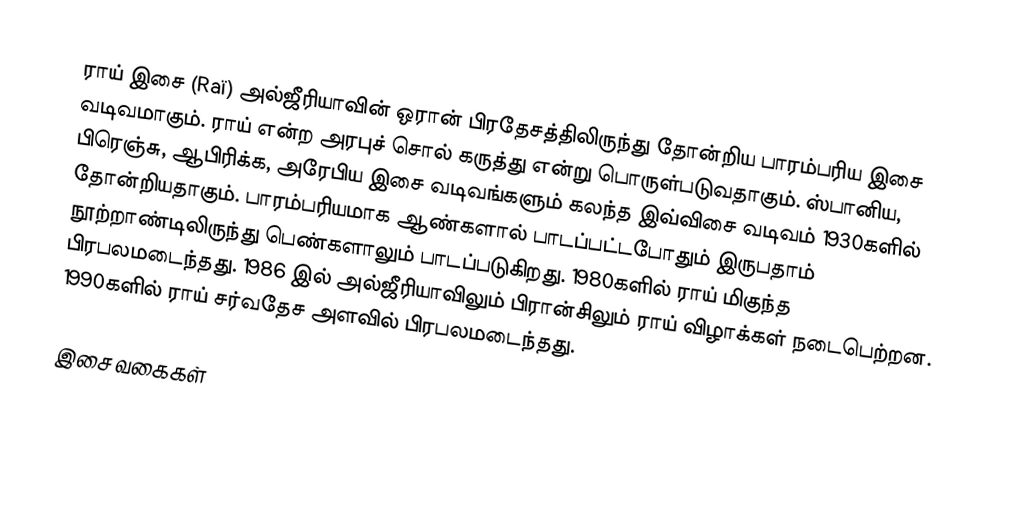
ராய் இசை (Raï) அல்ஜீரியாவின் ஒரான் பிரதேசத்திலிருந்து தோன்றிய பாரம்பரிய இசை வடிவமாகும். ராய் என்ற அரபுச் சொல் கருத்து என்று பொருள்படுவதாகும். ஸ்பானிய, பிரெஞ்சு, ஆபிரிக்க, அரேபிய இசை வடிவங்களும் கலந்த இவ்விசை வடிவம் 1930களில் தோன்றியதாகும். பாரம்பரியமாக ஆண்களால் பாடப்பட்டபோதும் இருபதாம் நூற்றாண்டிலிருந்து பெண்களாலும் பாடப்படுகிறது. 1980களில் ராய் மிகுந்த பிரபலமடைந்தது. 1986 இல் அல்ஜீரியாவிலும் பிரான்சிலும் ராய் விழாக்கள் நடைபெற்றன. 1990களில் ராய் சர்வதேச அளவில் பிரபலமடைந்தது.

இசை வகைகள்